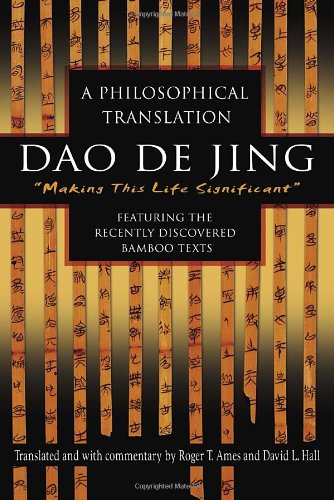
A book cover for Dao De Jing: A Philosophical Translation (English and Mandarin Chinese Edition); Roger Ames; Religion & Spirituality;